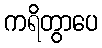
ကရိတွာပေ